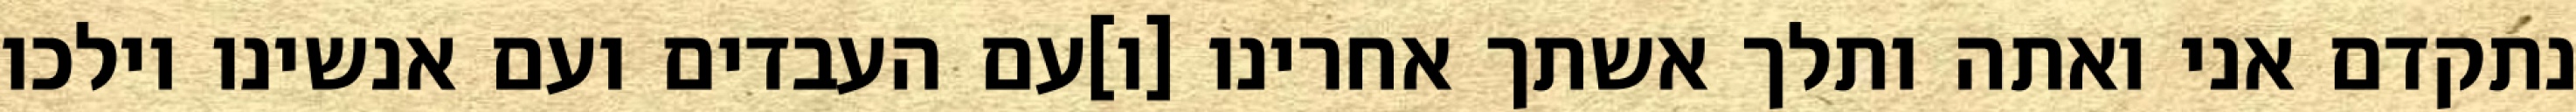
נתקדם אני ואתה ותלך אשתך אחרינו [ו]עם העבדים ועם אנשינו וילכו